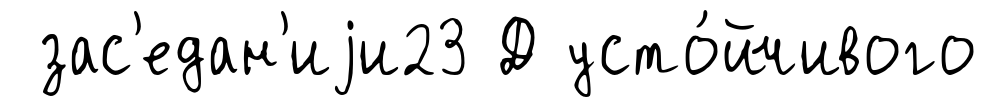
зас'едан'иjи23 Д усто́йчивого